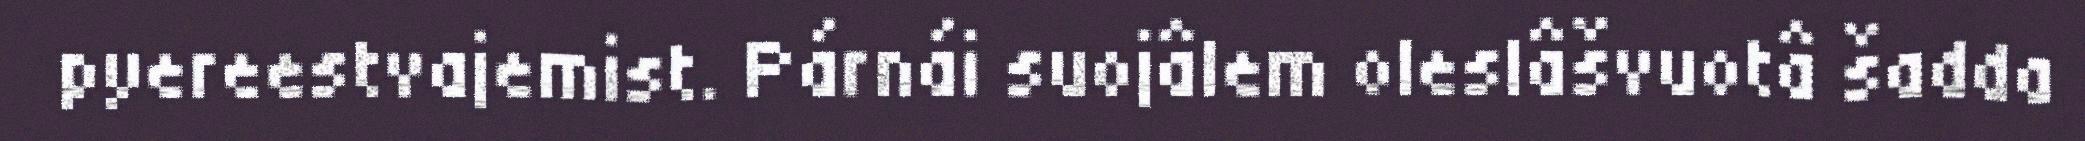
pyereestvajemist. Párnái suojâlem oleslâšvuotâ šadda